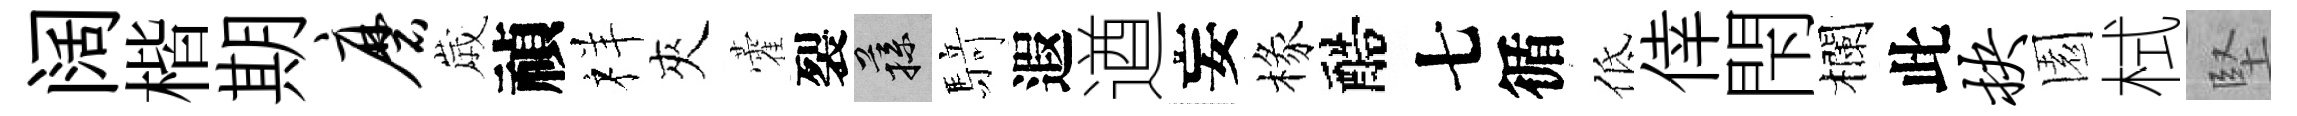
阔楷期磨𡻕禎祥夾藿裂蓀𮪍遐遒妄椽醅七循低倖閇欄此抉園栻堅